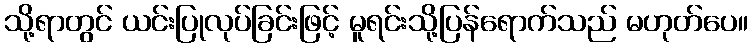
သို့ရာတွင် ယင်းပြုလုပ်ခြင်းဖြင့် မူရင်းသို့ပြန်ရောက်သည် မဟုတ်ပေ။